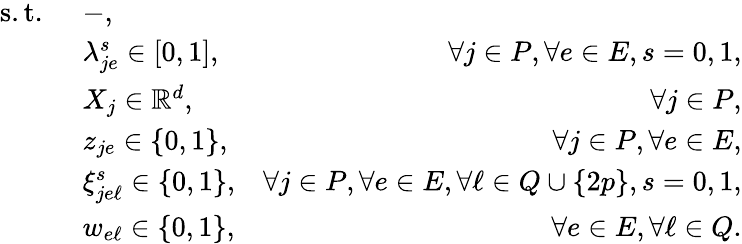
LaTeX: \begin{array}{rlr}{\mathrm{s.t.~}}&{-,}\\ &{\lambda_{je}^{s}\in[0,1],}&{\forall j\in P,\forall e\in E,s=0,1,}\\ &{X_{j}\in\mathbb{R}^{d},}&{\forall j\in P,}\\ &{z_{je}\in\{ 0,1\} ,}&{\forall j\in P,\forall e\in E,}\\ &{\xi_{je\ell}^{s}\in\{ 0,1\} ,}&{\forall j\in P,\forall e\in E,\forall\ell\in Q\cup\{ 2p\} ,s=0,1,}\\ &{w_{e\ell}\in\{ 0,1\} ,}&{\forall e\in E,\forall\ell\in Q.}\end{array}